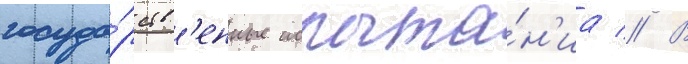
госуда́рств'енные испыта́н'иа // В